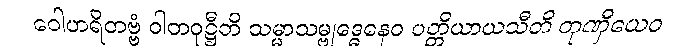
ဝေါဟရိတဗ္ဗံ ဝါတဝုဋ္ဌီတိ သမ္မာသမ္ဗုဒ္ဓေနေဝ ပတ္တိယာယသီတိ တုဏှီယေဝ